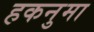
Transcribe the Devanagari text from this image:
हकनुमा